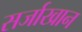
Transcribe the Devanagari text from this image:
सर्जाखान